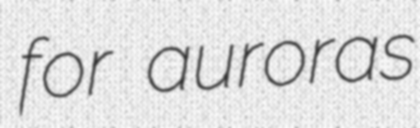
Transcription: for auroras